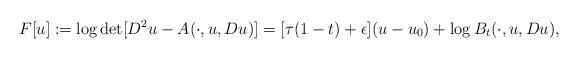
LaTeX: \begin{align*}F[u] := \log \det [D^2u -A(\cdot,u,Du)] = [\tau (1-t)+\epsilon] (u -u_0) + \log B_t(\cdot,u,Du),\end{align*}